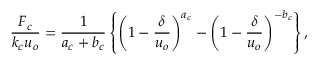
\frac { F _ { c } } { k _ { c } u _ { o } } = \frac { 1 } { a _ { c } + b _ { c } } \left\{ \left( 1 - \frac { \delta } { u _ { o } } \right) ^ { a _ { c } } - \left( 1 - \frac { \delta } { u _ { o } } \right) ^ { - b _ { c } } \right\} ,